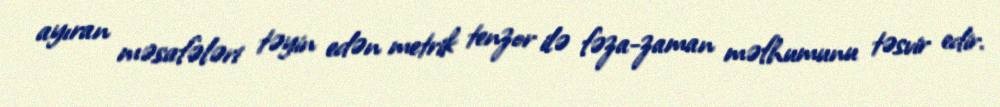
ayıran məsafələri təyin edən metrik tenzor ilə fəza-zaman məfhumunu təsvir edir.